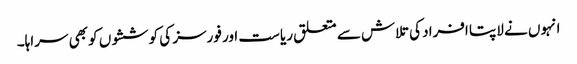
انہوں نے لاپتا افراد کی تلاش سے متعلق ریاست اور فورسز کی کوششوں کو بھی سراہا۔